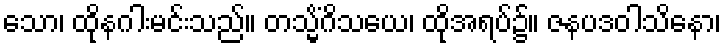
သော၊ ထိုနဂါးမင်းသည်။ တသ္မိံဂိသယေ၊ ထိုအရပ်၌။ ဇနပဒဝါသိနော၊